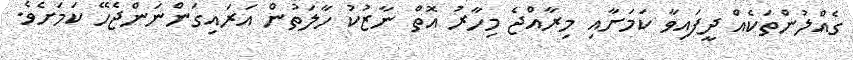
ގެއްލުންތަކެއް ދީފައިވާ ކަމަށާއި މިރާއްޖެ މިހާރު އޮތް ނާޒުކު ހާލަތުން އަރައިގަންނަންޖެހޭ ކަމަށެވެ.